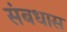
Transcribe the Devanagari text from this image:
संबधास